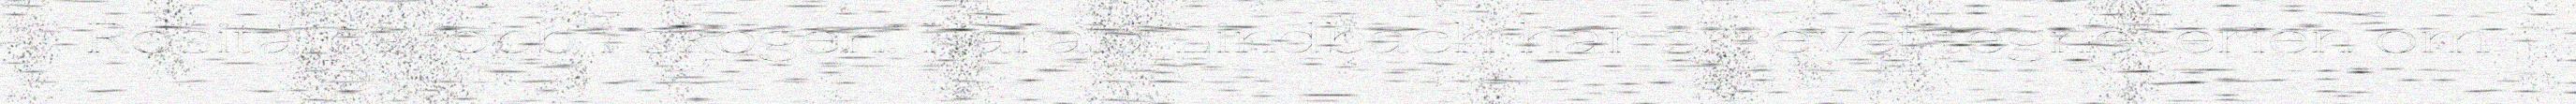
Rosita på jobb i skogen. Harald Lindbach har skrevet tegneserien om